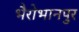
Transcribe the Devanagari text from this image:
भैरोभानपुर